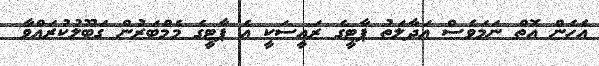
އެހެން އޮތް ނަމަވެސް އަދާލަތު ޕާޓީގެ ރައީސަކީ އެ ޕާޓީގެ މެމްބަރުން ގަބޫލުކުރައްވާ